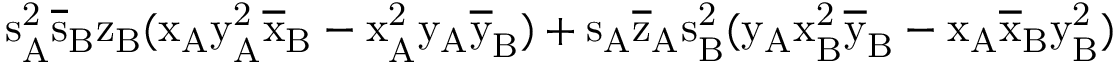
\mathrm { s _ { A } ^ { 2 } \mathrm { \overline { { s } } _ { B } \mathrm { z _ { B } ( \mathrm { x _ { A } \mathrm { y _ { A } ^ { 2 } \mathrm { \overline { { x } } _ { B } - \mathrm { x _ { A } ^ { 2 } \mathrm { y _ { A } \mathrm { \overline { { y } } _ { B } ) + \mathrm { s _ { A } \mathrm { \overline { { z } } _ { A } \mathrm { s _ { B } ^ { 2 } ( \mathrm { y _ { A } \mathrm { x _ { B } ^ { 2 } \mathrm { \overline { { y } } _ { B } - \mathrm { x _ { A } \mathrm { \overline { { x } } _ { B } \mathrm { y _ { B } ^ { 2 } ) } } } } } } } } } } } } } } } } } }